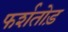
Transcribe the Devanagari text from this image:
फर्शतोड़